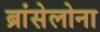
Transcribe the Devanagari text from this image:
ब्रांसेलोना